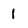
Character: 1